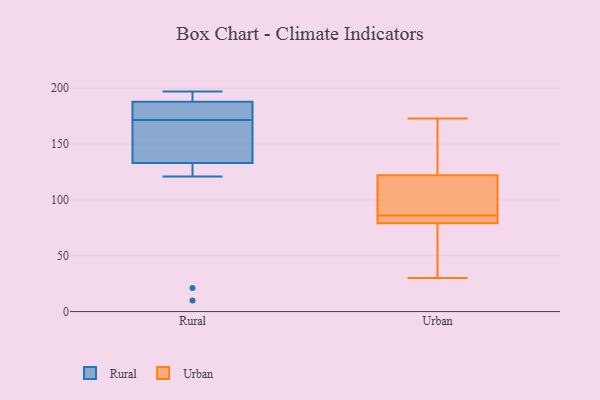
{"axis": {"x": "Website Visitors", "y": "Value"}, "legend": ["Rural", "Urban"], "data": [{"x": "", "y": 133, "type": "Rural"}, {"x": "", "y": 171, "type": "Rural"}, {"x": "", "y": 10, "type": "Rural"}, {"x": "", "y": 121, "type": "Rural"}, {"x": "", "y": 197, "type": "Rural"}, {"x": "", "y": 172, "type": "Rural"}, {"x": "", "y": 195, "type": "Rural"}, {"x": "", "y": 179, "type": "Rural"}, {"x": "", "y": 21, "type": "Rural"}, {"x": "", "y": 182, "type": "Rural"}, {"x": "", "y": 143, "type": "Rural"}, {"x": "", "y": 188, "type": "Rural"}, {"x": "", "y": 194, "type": "Rural"}, {"x": "", "y": 140, "type": "Rural"}, {"x": "", "y": 105, "type": "Urban"}, {"x": "", "y": 110, "type": "Urban"}, {"x": "", "y": 126, "type": "Urban"}, {"x": "", "y": 79, "type": "Urban"}, {"x": "", "y": 79, "type": "Urban"}, {"x": "", "y": 173, "type": "Urban"}, {"x": "", "y": 86, "type": "Urban"}, {"x": "", "y": 85, "type": "Urban"}, {"x": "", "y": 45, "type": "Urban"}, {"x": "", "y": 30, "type": "Urban"}, {"x": "", "y": 161, "type": "Urban"}]}